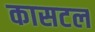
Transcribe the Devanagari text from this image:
कासटल